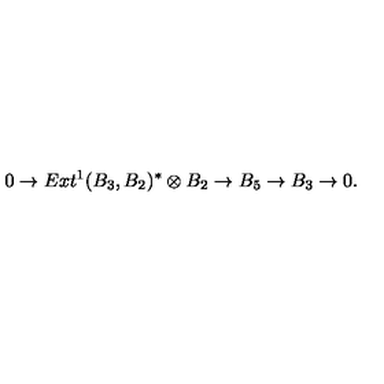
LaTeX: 0 \to E x t ^ { 1 } ( B _ { 3 } , B _ { 2 } ) ^ { * } \otimes B _ { 2 } \to B _ { 5 } \to B _ { 3 } \to 0 .